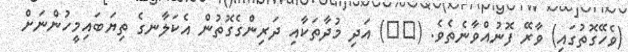
(ވެހޭގޮތުގައި) ވާރޭ ފޮނުއްވާނެތެވެ. (١١) އަދި މުދާތަކާއި ދަރިންގެގޮތުން އެކަލާނގެ ތިޔަބައިމީހުންނަށް